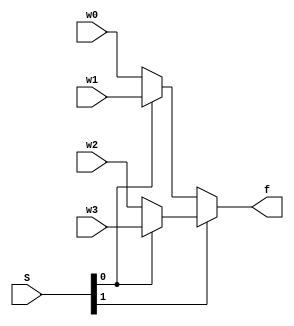
module mux4to1 (w0, w1, w2, w3, S, f);
	input [3:0] w0, w1, w2, w3;
	input [1:0] S;
	output [3:0]f;
	assign f = S[1] ? (S[0] ? w3 : w2) : (S[0] ? w1 : w0);
	

endmodule

module mux(op1,op2,s,f);
	input [7:0] op1,op2;
	input s;
	output [7:0] f;
	assign f = s ? op2 :op1;
endmodule